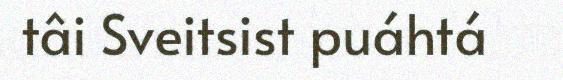
tâi Sveitsist puáhtá